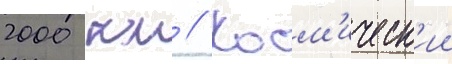
2000 км // Косм'ическ'ии